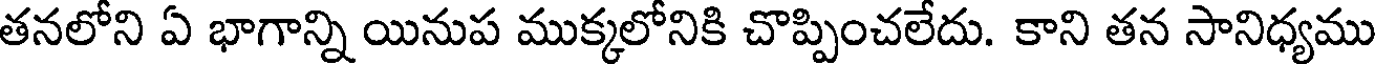
తనలోని ఏ భాగాన్ని యినుప ముక్కలోనికి చొప్పించలేదు. కాని తన సానిధ్యము